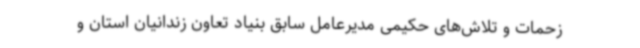
زحمات و تلاش‌های حکیمی مدیرعامل سابق بنیاد تعاون زندانیان استان و